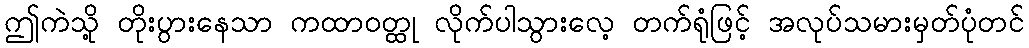
ဤကဲသို့ တိုးပွားနေသာ ကထာဝတ္ထု လိုက်ပါသွားလေ့ တက်ရုံဖြင့် အလုပ်သမားမှတ်ပုံတင်